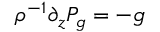
\rho ^ { - 1 } \partial _ { z } P _ { g } = - g